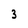
Character: 3